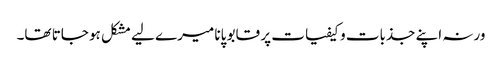
ورنہ اپنے جذبات و کیفیات پر قابو پانا میرے لیے مشکل ہو جاتا تھا۔